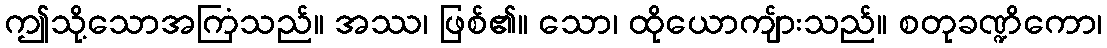
ဤသို့သောအကြံသည်။ အဿ၊ ဖြစ်၏။ သော၊ ထိုယောကျ်ားသည်။ စတုခဏ္ဍိကော၊